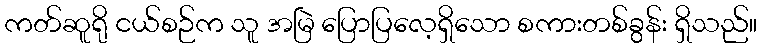
ကတ်ဆူရို ငယ်စဉ်က သူ အမြဲ ပြောပြလေ့ရှိသော စကားတစ်ခွန်း ရှိသည်။